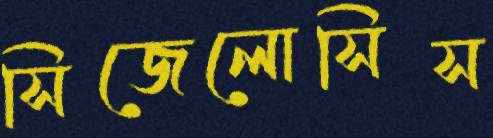
সিজেলোসিস